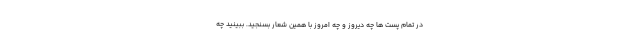
در تمام پست ها چه دیروز و چه امروز با همین شعار بسنجید. ببینید چه